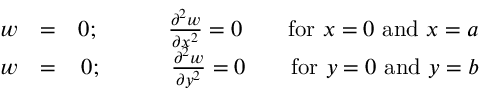
\begin{array} { r l r } { w } & { = } & { 0 ; \quad \quad \quad \frac { \partial ^ { 2 } w } { \partial x ^ { 2 } } = 0 \quad \quad \mathrm { f o r } \, \, x = 0 \, \, \mathrm { a n d } \, \, x = a } \\ { w } & { = } & { 0 ; \quad \quad \quad \frac { \partial ^ { 2 } w } { \partial y ^ { 2 } } = 0 \quad \quad \mathrm { f o r } \, \, y = 0 \, \, \mathrm { a n d } \, \, y = b } \end{array}